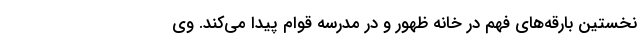
نخستین بارقه‌های فهم در خانه ظهور و در مدرسه قوام پیدا می‌کند. وی